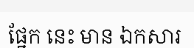
ផ្នែក នេះ មាន ឯកសារ